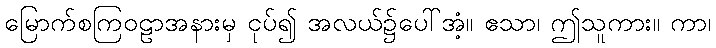
မြောက်စကြဝဠာအနားမှ ငုပ်၍ အလယ်၌ပေါ်အံ့။ ဧသာ၊ ဤသူကား။ ကာ၊